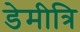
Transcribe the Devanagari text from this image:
डेमीत्रि